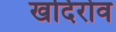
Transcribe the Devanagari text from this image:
खदिरोव